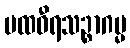
ပထဝီရသဉ္စာဂမ္မ